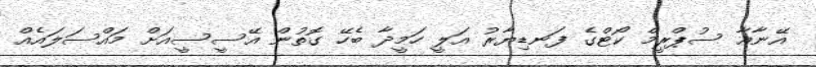
އޭނާއާ ސުޕްރީމް ކޯޓްގެ ފަނޑިޔާރު އަލީ ހަމީދާ ބެހޭ ގޮތުން އޭސީސީއަށް މައްސަލައެއް